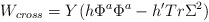
\begin{align*}W_{cross} = Y(h\Phi^a\Phi^a - h'Tr \Sigma^2)\end{align*}